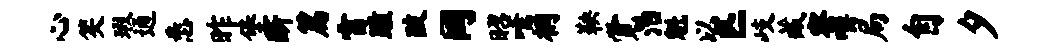
心笑瑕通悉昨堡断篇雷踵陂同昭嚅桐鞅觉治魁以匹岐藏察嚼局自夕